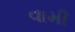
વામી